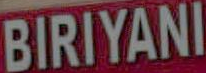
BIRIYANI